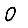
Digit: 0